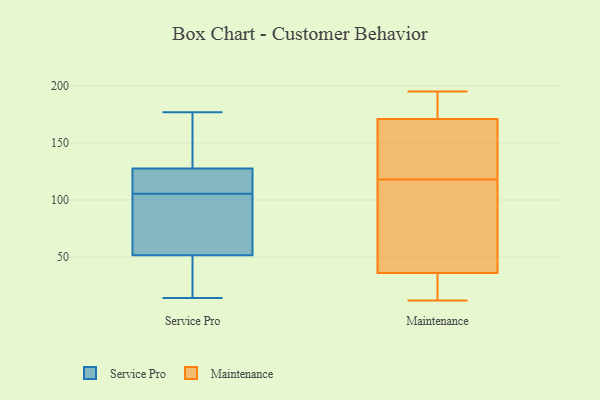
{"axis": {"x": "Gross Profit (USD K)", "y": "Value"}, "legend": ["Maintenance", "Service Pro"], "data": [{"x": "", "y": 156, "type": "Service Pro"}, {"x": "", "y": 69, "type": "Service Pro"}, {"x": "", "y": 38, "type": "Service Pro"}, {"x": "", "y": 91, "type": "Service Pro"}, {"x": "", "y": 97, "type": "Service Pro"}, {"x": "", "y": 14, "type": "Service Pro"}, {"x": "", "y": 125, "type": "Service Pro"}, {"x": "", "y": 163, "type": "Service Pro"}, {"x": "", "y": 114, "type": "Service Pro"}, {"x": "", "y": 22, "type": "Service Pro"}, {"x": "", "y": 65, "type": "Service Pro"}, {"x": "", "y": 14, "type": "Service Pro"}, {"x": "", "y": 177, "type": "Service Pro"}, {"x": "", "y": 118, "type": "Service Pro"}, {"x": "", "y": 128, "type": "Service Pro"}, {"x": "", "y": 127, "type": "Service Pro"}, {"x": "", "y": 26, "type": "Maintenance"}, {"x": "", "y": 128, "type": "Maintenance"}, {"x": "", "y": 165, "type": "Maintenance"}, {"x": "", "y": 32, "type": "Maintenance"}, {"x": "", "y": 195, "type": "Maintenance"}, {"x": "", "y": 179, "type": "Maintenance"}, {"x": "", "y": 173, "type": "Maintenance"}, {"x": "", "y": 187, "type": "Maintenance"}, {"x": "", "y": 115, "type": "Maintenance"}, {"x": "", "y": 60, "type": "Maintenance"}, {"x": "", "y": 48, "type": "Maintenance"}, {"x": "", "y": 27, "type": "Maintenance"}, {"x": "", "y": 118, "type": "Maintenance"}, {"x": "", "y": 12, "type": "Maintenance"}, {"x": "", "y": 135, "type": "Maintenance"}]}